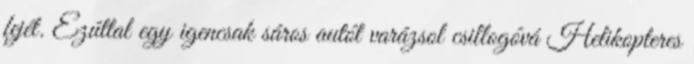
fejét. Ezúttal egy igencsak sáros autót varázsol csillogóvá Helikopteres